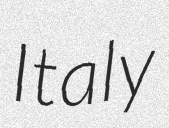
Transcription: Italy